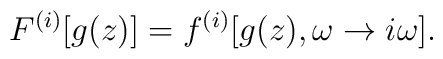
F^{(i)}[g(z)]=f^{(i)}[g(z),\omega \rightarrow i\omega ].